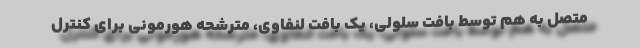
متصل به هم توسط بافت سلولی، یک بافت لنفاوی، مترشحه هورمونی برای کنترل